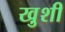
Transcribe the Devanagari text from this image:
खु़शी